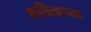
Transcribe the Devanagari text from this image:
कवित्वाच्या